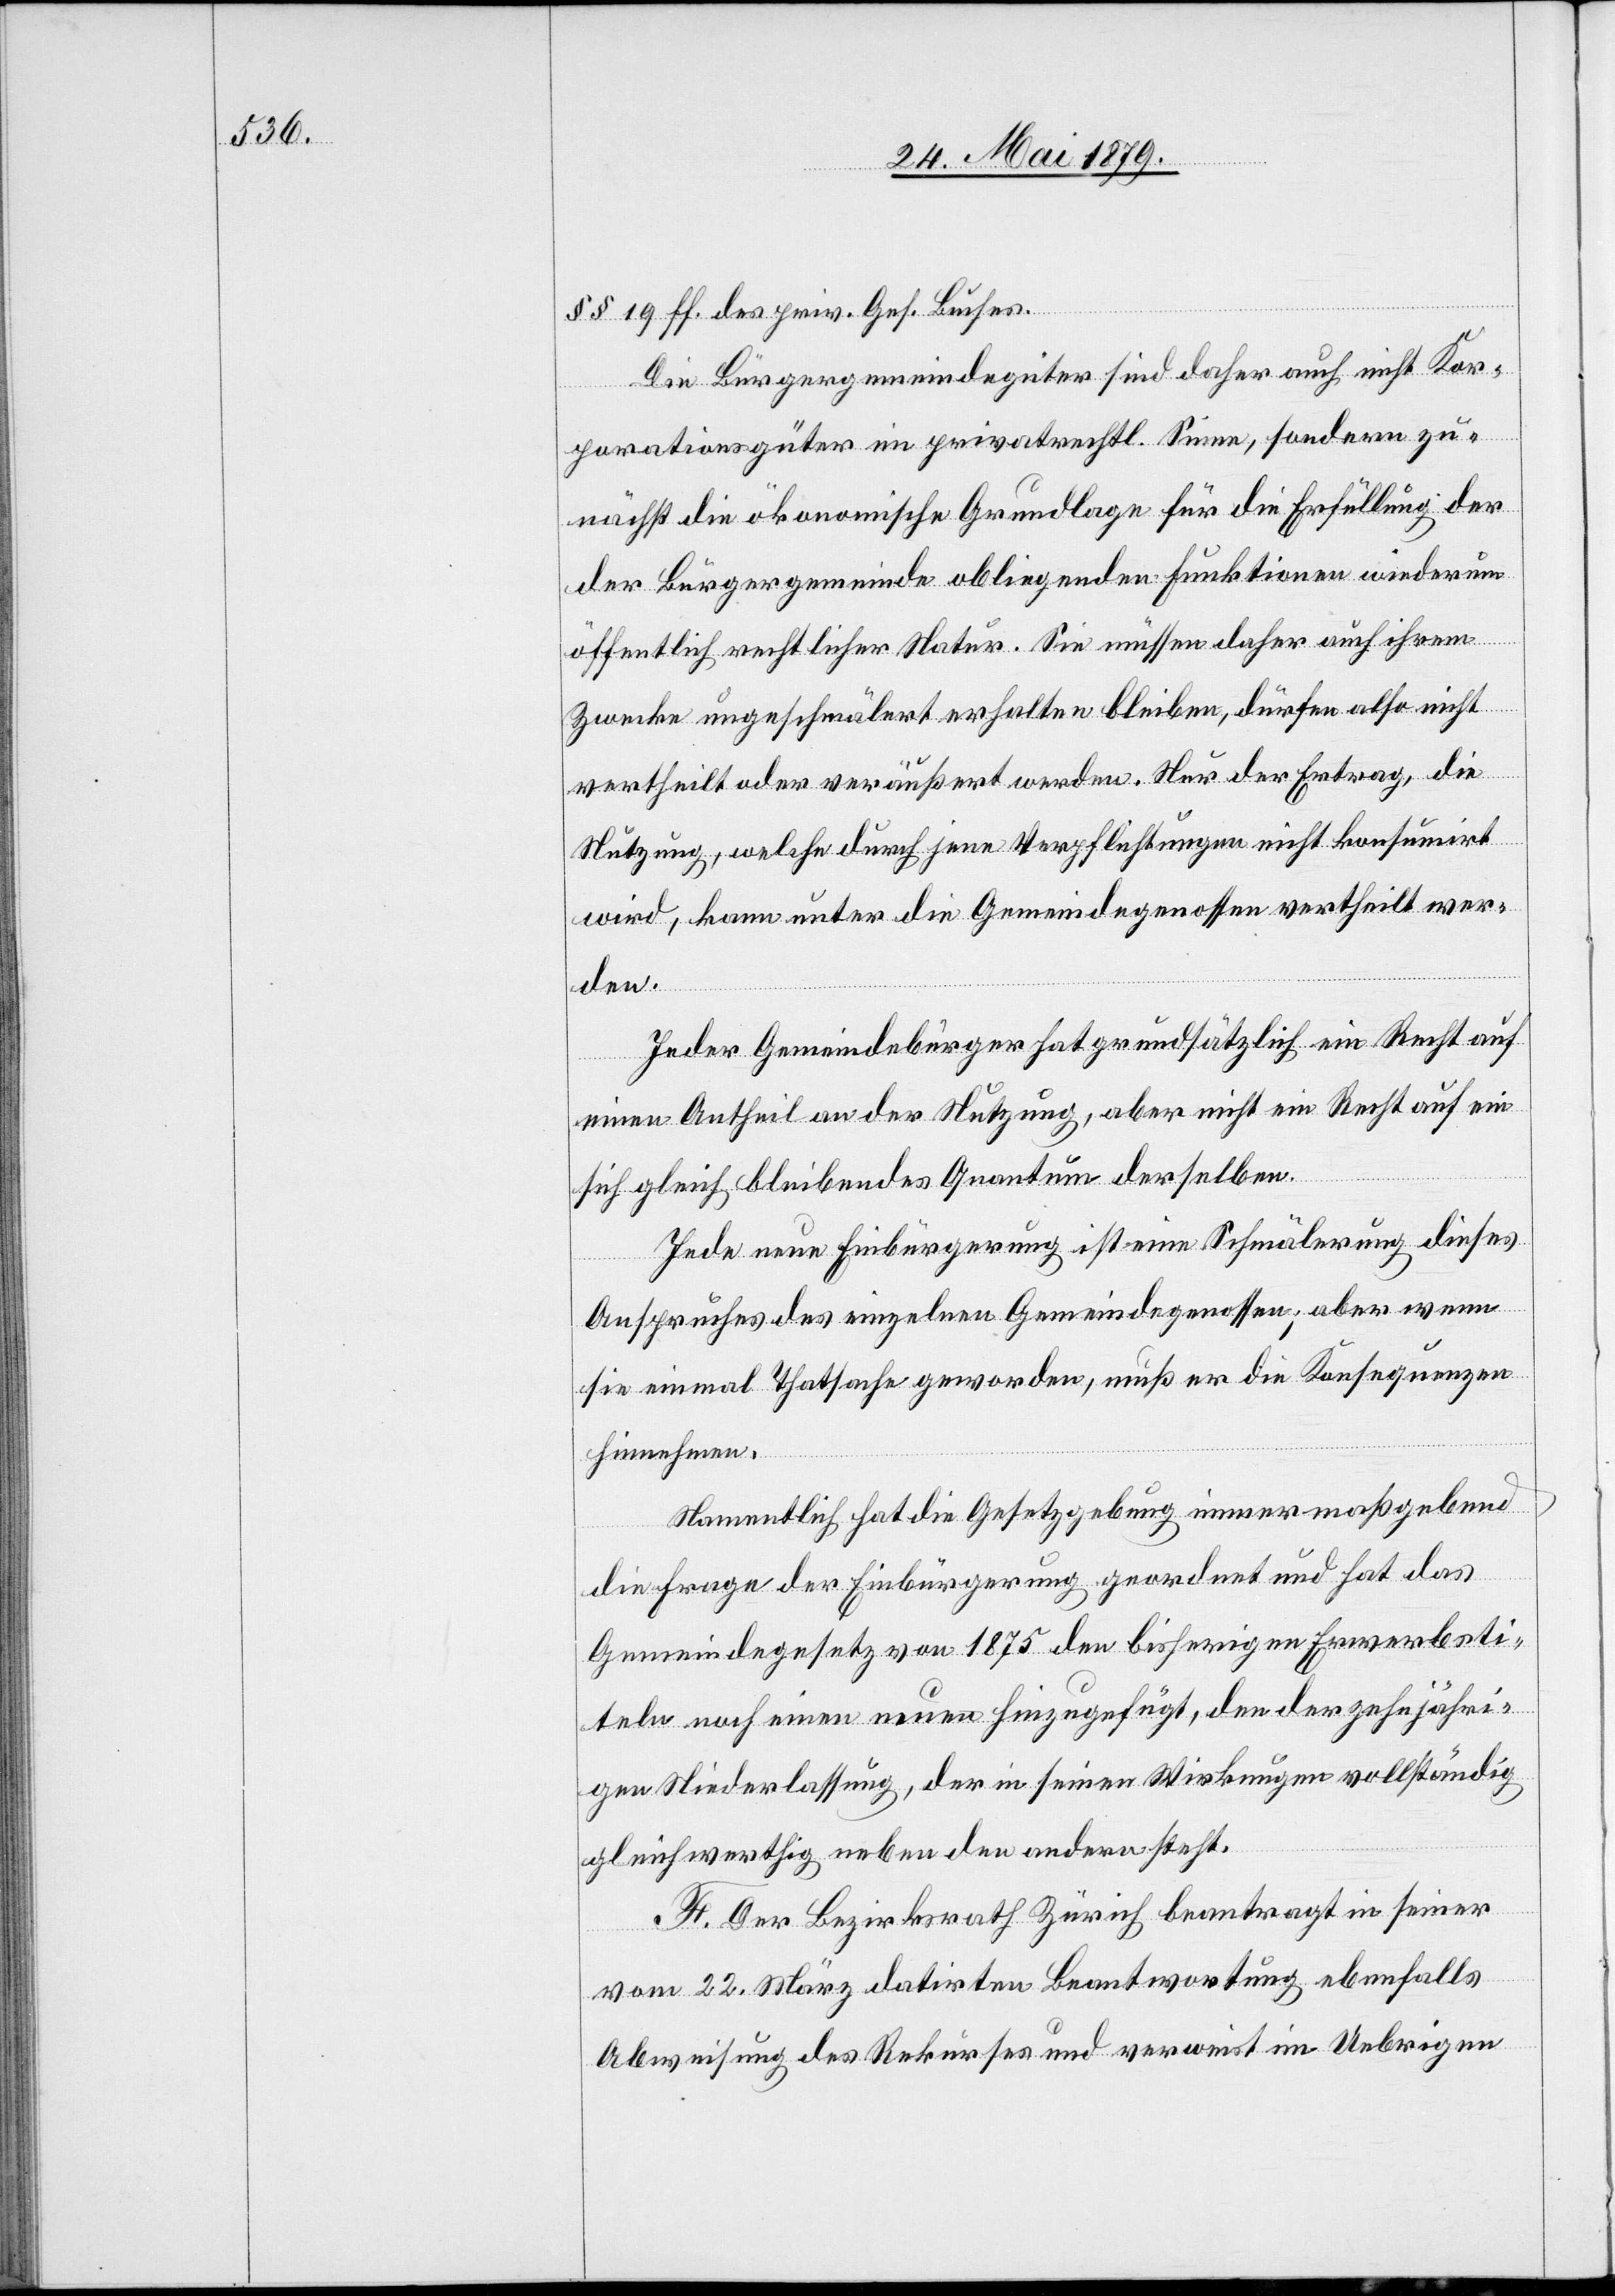
§§ 19 ff. des priv. Ges. Buches.
Die Bürgergemeindegüter sind daher auch nicht Kor¬
porationsgüter im privatrechtl. Sinne, sondern zu¬
nächst die ökonomische Grundlage für die Erfüllung der
der Bürgergemeinde obliegenden Funktionen wiederum
öffentlich rechtlicher Natur. Sie müssen daher auch ihrem
Zwecke ungeschmälert erhalten bleiben, dürfen also nicht
vertheilt oder veräußert werden. Nur der Ertrag, die
Nutzung, welche durch jene Verpflichtungen nicht konsumirt
wird, kann unter die Gemeindegenossen vertheilt wer¬
den.
Jeder Gemeindebürger hat grundsätzlich ein Recht auf
einen Antheil an der Nutzung, aber nicht ein Recht auf ein
sich gleich bleibendes Quantum derselben.
Jede neue Einbürgerung ist eine Schmälerung dieses
Anspruches des einzelnen Gemeindegenossen; aber wenn
sie einmal Thatsache geworden, muß er die Konsequenzen
hinnehmen.
Namentlich hat die Gesetzgebung immer maßgebend
die Frage der Einbürgerung geordnet und hat das
Gemeindegesetz von 1875 den bisherigen Erwerbsti¬
teln noch einen neuen hinzugefügt, den der zehnjähri¬
gen Niederlassung, der in seinen Wirkungen vollständig
gleichwerthig neben den andern steht.
F. Der Bezirksrath Zürich beantragt in seiner
vom 22. März datirten Beantwortung ebenfalls
Abweisung des Rekurses und verweist im Uebrigen